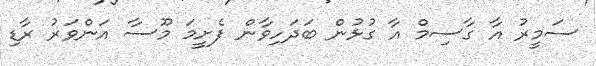
ސަމީރު އާ ގާސިމް އާ ގުޅުން ބަދަހިވާން ފެށީމަ މޫސާ އަންވަރު ރާޑި